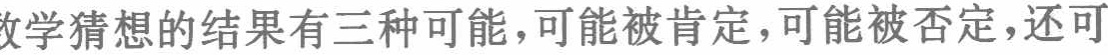
数学猜想的结果有三种可能，可能被肯定，可能被否定，还可